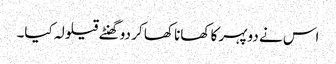
اس نے دوپہر کا کھانا کھا کر دو گھنٹے قیلولہ کیا۔